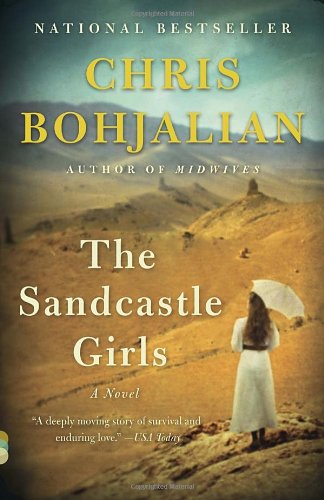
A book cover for The Sandcastle Girls (Vintage Contemporaries); Chris Bohjalian; Literature & Fiction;